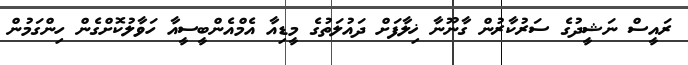
ރައީސް ނަޝީދުގެ ސަރުކާރުން ގާނޫނާ ޚިލާފަށް ދައުލަތުގެ މީޑިއާ އެމްއެންބީސީއާ ހަވާލުކޮށްގެން ހިންގަމުން